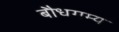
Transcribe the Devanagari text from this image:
बौधगम्य